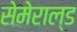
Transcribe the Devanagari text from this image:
सेमेराल्ड